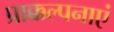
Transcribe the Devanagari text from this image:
प्राक्कल्पनाएं